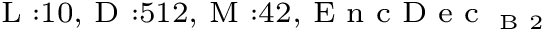
_ { \textrm { L } : 1 0 , \textrm { D } : 5 1 2 , \textrm { M } : 4 2 , \textrm { E n c D e c } _ { \textrm { B } 2 } }